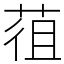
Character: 䓚